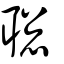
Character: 聰